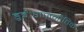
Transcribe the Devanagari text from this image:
हुई।राजनीतिक